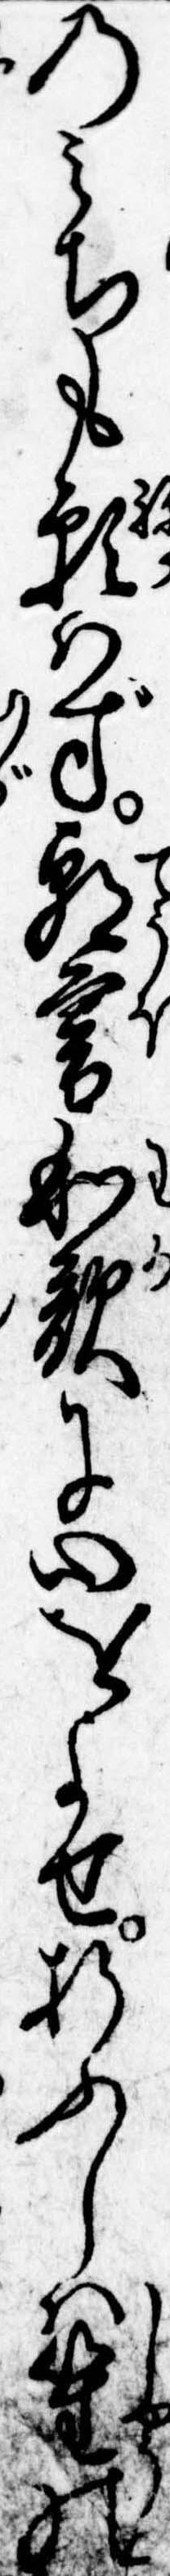
のみちも願はず朝暮和歌に心をよせ折ふしは笙の